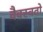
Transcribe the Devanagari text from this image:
वैवस्वतो